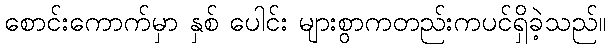
စောင်းကောက်မှာ နှစ် ပေါင်း များစွာကတည်းကပင်ရှိခဲ့သည်။